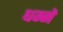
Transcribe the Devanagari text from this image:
धम्मे